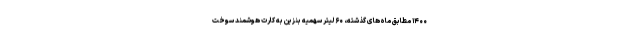
۱۴۰۰ مطابق ماه‌های گذشته، ۶۰ لیتر سهمیه بنزین به کارت هوشمند سوخت